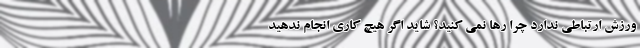
ورزش ارتباطی ندارد چرا رها نمی کنید؟ شاید اگر هیچ کاری انجام ندهید